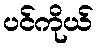
ပင်ကိုယ်